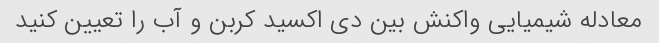
معادله شیمیایی واکنش بین دی اکسید کربن و آب را تعیین کنید